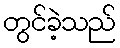
တွင်ခဲ့သည်